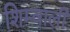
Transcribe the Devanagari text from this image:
शिम्वाली